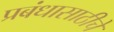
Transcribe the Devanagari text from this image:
प्रबंधासाठीचे